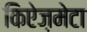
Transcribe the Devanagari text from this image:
किऐज़मेटा